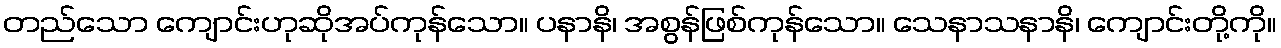
တည်သော ကျောင်းဟုဆိုအပ်ကုန်သော။ ပနာနိ၊ အစွန်ဖြစ်ကုန်သော။ သေနာသနာနိ၊ ကျောင်းတို့ကို။